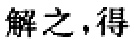
解之，得